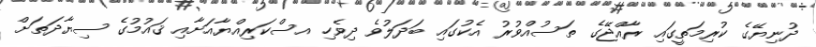
ދުނިޔޭގެ ކުރިމަތީގައި ރާއްޖޭގެ ތަސުއްވުރު އެކުގައި ބަދަލުވެ ދިވެހި އސްކަރިއްޔާއަށާއި ޤައުމުގެ ސިޔާދަތަށް